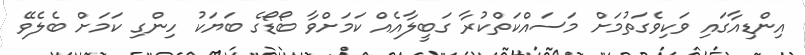
އިންޑިއާގައި ވަކިވެގަތުމަށް މަސައްކަތްކުރާ ގަބީލާއެއް ކަމަށްވާ ބޯޑޯގެ ބަޔަކު ހިންގި ކަމަށް ބެލެވޭ